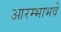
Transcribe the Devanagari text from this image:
आरम्भाभवे